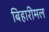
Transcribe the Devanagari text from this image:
बिहारीमल